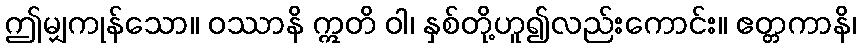
ဤမျှကုန်သော။ ဝဿာနိ ဣတိ ဝါ၊ နှစ်တို့ဟူ၍လည်းကောင်း။ ဧတ္တကာနိ၊